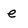
Character: e